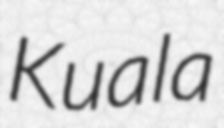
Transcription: Kuala